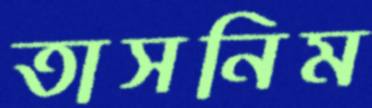
তাসনিম